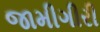
જામીગીરી